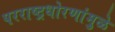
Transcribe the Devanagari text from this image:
परराष्ट्रधोरणांमुळे